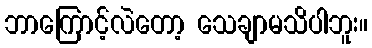
ဘာကြောင့်လဲတော့ သေချာမသိပါဘူး။